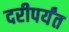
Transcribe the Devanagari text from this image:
दरीपर्यंत